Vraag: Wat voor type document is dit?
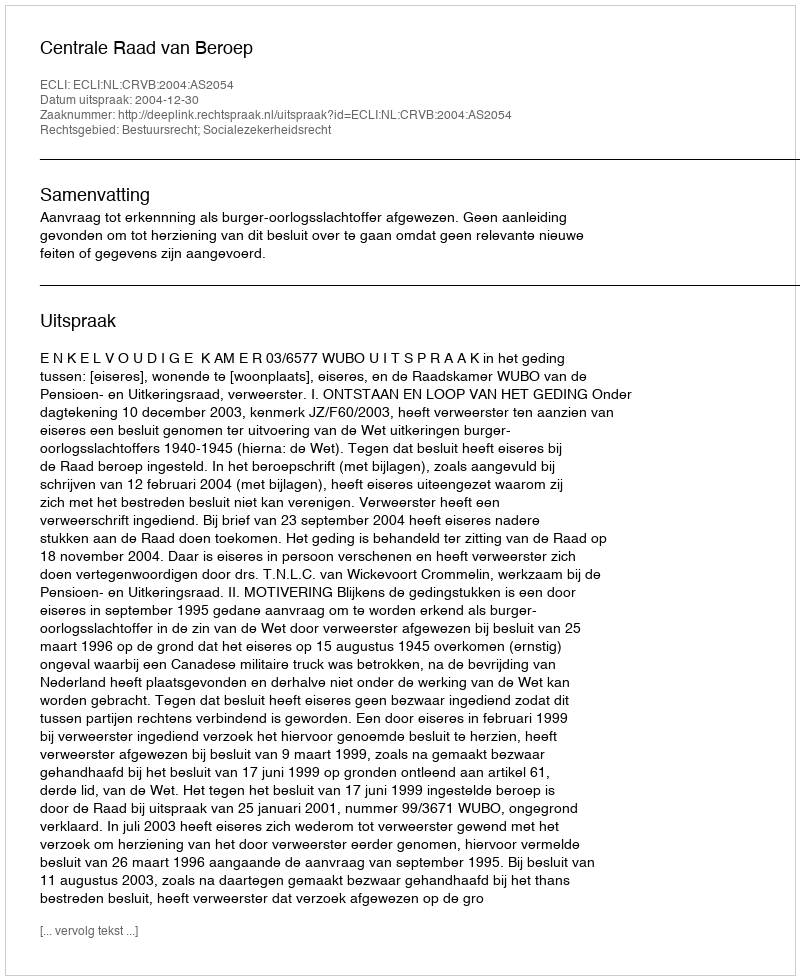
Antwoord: Uitspraak